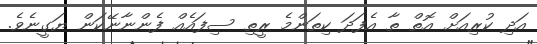
އަދި ކުރިއަށް އޮތް ތާ އެފަދަ ކިތަންމެ ރީތި ސިފައެއް ފެންނާނޭކަން ޔަގީނެވެ.